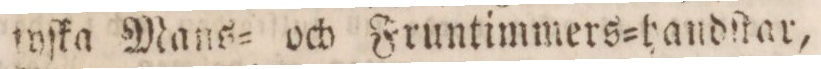
tyſka Mans= och Fruntimmers=handſtar,